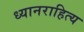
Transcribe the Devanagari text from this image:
ध्यानराहित्य